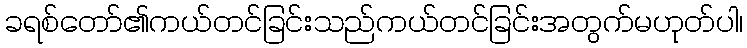
ခရစ်တော်၏ကယ်တင်ခြင်းသည်ကယ်တင်ခြင်းအတွက်မဟုတ်ပါ၊